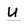
Character: u